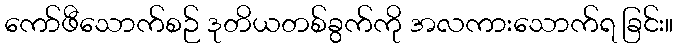
ကော်ဖီသောက်စဉ် ဒုတိယတစ်ခွက်ကို အလကားသောက်ရ ခြင်း။